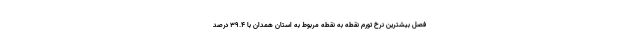
فصل بیشترین نرخ تورم نقطه به نقطه مربوط به استان همدان با ۳۹.۴ درصد